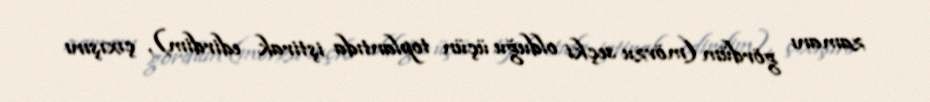
zamanı gördüm (mövzu seçki olduğu üçün toplantıda iştirak edirdim), çıxışını